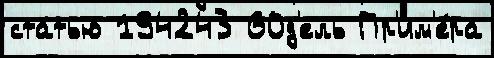
статью 194243 60д'ель Пр'им'е́ра